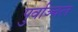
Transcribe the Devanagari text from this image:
पुर्वाञ्चल